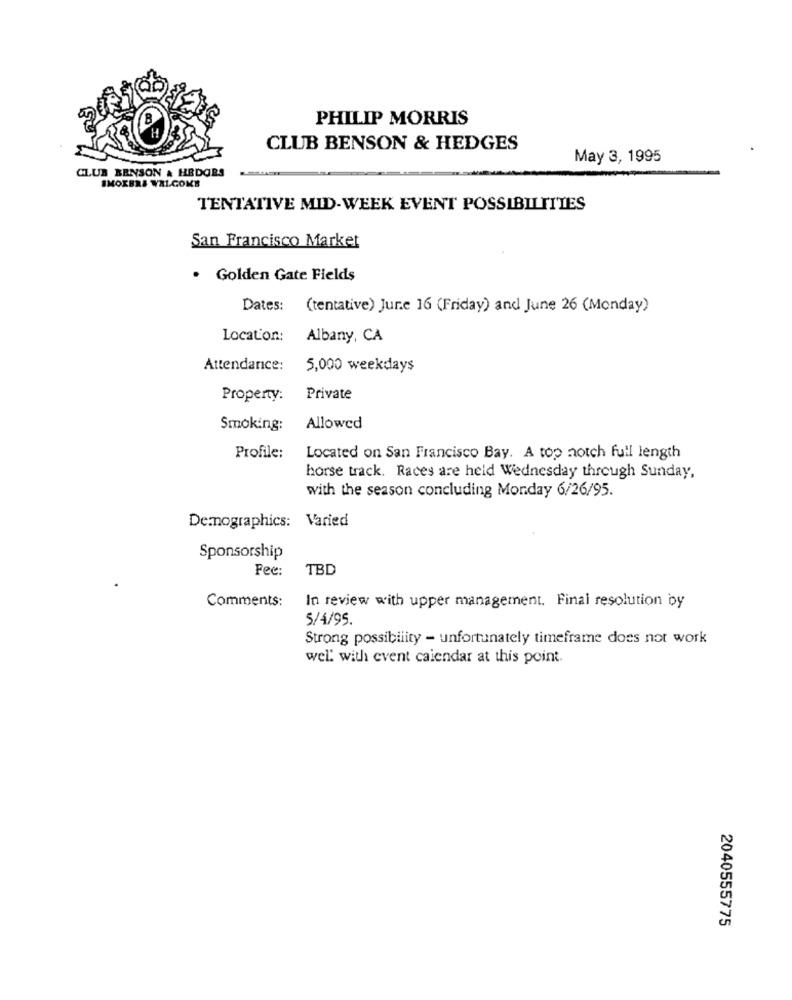
PHILIP MORRIS
CLUB BENSON & HEDGES
May 3, 1995
CLUB BENSON & HEDORS
SMOKBRA WALGOKB
TENTATIVE MID-WEEK EVENT POSSIBILITIES
San Francisco Market
· Golden Gate Fields
Dates:
(tentative) Jur.e 16 (Friday) and June 26 (Monday)
Location:
Albany, CA
Attendance:
5,000 weekdays
Property:
Private
Smoking:
Allowed
Profile:
Located on San Francisco Bay. A top notch full length
horse track. Races are held Wednesday through Sunday,
with the season concluding Monday 6/26/95.
Demographics: Varied
Sponsorship
Fee:
TBD
Comments:
In review with upper management. Final resolution by
5/4/95.
Strong possibility - unfortunately timeframe does not work
wel' with event calendar at this point.
2040555775